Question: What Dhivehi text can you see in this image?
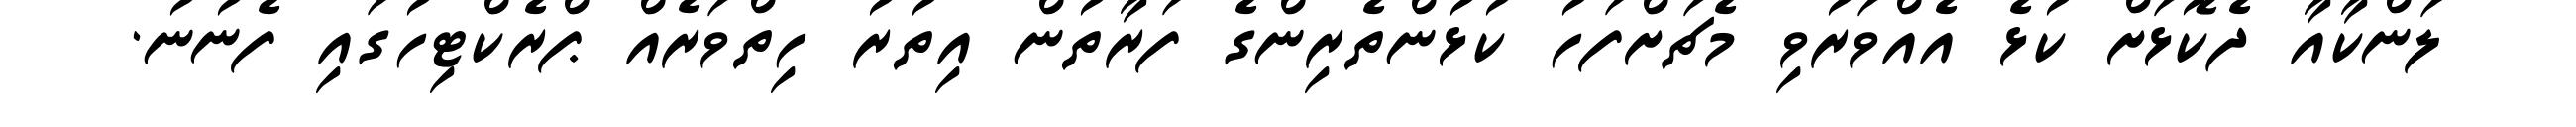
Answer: ލަންކާއާ ދެކޮޅަށް ކުޅެ އެއްވަރުވި މެޗަށްފަހު ކުޅުންތެރިންގެ ފަރާތުން އިތުރު ހިތްވަރެއް ޕްރެކްޓިހުގައި ފެނުނު.